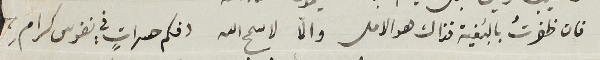
فان ظفرتُ بالبَقية فذاك هو الامل والاّ لا سمح الله دعكم حسراتٍ في نفوس كرامِ،